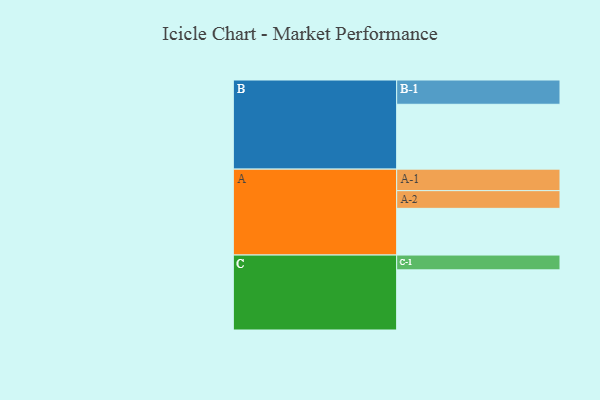
{"axis": {"x": "Segment", "y": "Value"}, "legend": ["", "A", "B", "C"], "data": [{"x": "A", "y": 306, "type": ""}, {"x": "B", "y": 425, "type": ""}, {"x": "C", "y": 394, "type": ""}, {"x": "A-1", "y": 141, "type": "A"}, {"x": "A-2", "y": 116, "type": "A"}, {"x": "B-1", "y": 159, "type": "B"}, {"x": "C-1", "y": 97, "type": "C"}]}